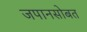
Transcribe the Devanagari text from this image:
जपानसोबत